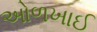
ઓળખાઈ